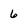
Character: 6